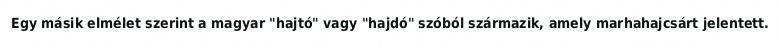
Egy másik elmélet szerint a magyar "hajtó" vagy "hajdó" szóból származik, amely marhahajcsárt jelentett.